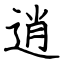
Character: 逍